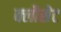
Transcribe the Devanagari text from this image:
क्लौसेट